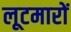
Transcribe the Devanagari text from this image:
लूटमारों